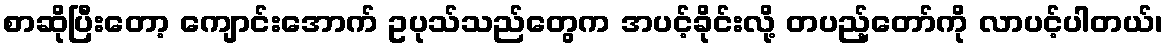
စာဆိုပြီးတော့ ကျောင်းအောက် ဥပုသ်သည်တွေက အပင့်ခိုင်းလို့ တပည့်တော်ကို လာပင့်ပါတယ်၊